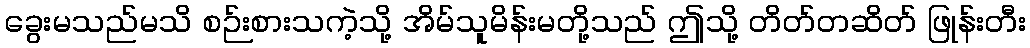
ခွေးမသည်မသိ စဉ်းစားသကဲ့သို့ အိမ်သူမိန်းမတို့သည် ဤသို့ တိတ်တဆိတ် ဖြုန်းတီး